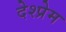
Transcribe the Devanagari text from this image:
देश्प्रेम